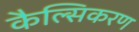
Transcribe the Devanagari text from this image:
कैल्सिकरण